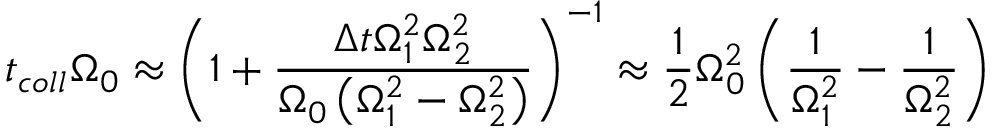
t _ { c o l l } \Omega _ { 0 } \approx \left( 1 + \frac { { \Delta t } \Omega _ { 1 } ^ { 2 } \Omega _ { 2 } ^ { 2 } } { \Omega _ { 0 } \left( \Omega _ { 1 } ^ { 2 } - \Omega _ { 2 } ^ { 2 } \right) } \right) ^ { - 1 } \approx \frac { 1 } { 2 } \Omega _ { 0 } ^ { 2 } \left( \frac { 1 } { \Omega _ { 1 } ^ { 2 } } - \frac { 1 } { \Omega _ { 2 } ^ { 2 } } \right)